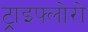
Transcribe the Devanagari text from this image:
ट्राइफ्लोरो